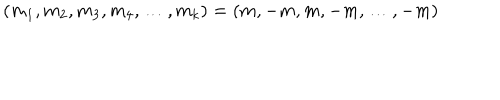
( m _ { 1 } , m _ { 2 } , m _ { 3 } , m _ { 4 } , \ldots , m _ { k } ) = ( m , - m , m , - m , \ldots , - m )